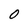
Character: O